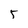
Character: 5